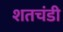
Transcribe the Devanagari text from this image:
शतचंडी